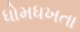
ધોમધખતા